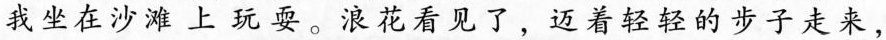
我坐在沙滩上玩耍。浪花看见了，迈着轻轻的步子走来，